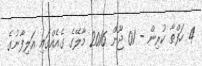
4 ހަފްތާ ކުރިން - 01 ޖޫން 2016 މާލޭގެ ގެއެއްގައި އަލިފާނުގެ